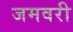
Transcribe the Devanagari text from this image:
जमवरी